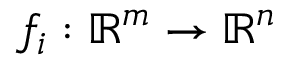
f _ { i } : \mathbb { R } ^ { m } \to \mathbb { R } ^ { n }